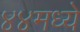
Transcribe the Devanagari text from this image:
४४मध्ये